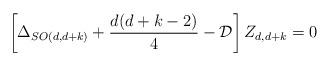
LaTeX: \begin{align*}\left[\Delta_{SO(d,d+k)} + \frac{d(d+k -2 )}{4} - {\cal{D}} \right]Z_{d,d+k} =0\end{align*}